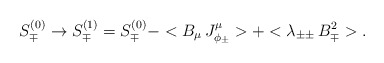
\begin{align*}S_{\mp}^{(0)} \rightarrow S_{\mp}^{(1)} = S_{\mp}^{(0)} -<B_{\mu}\,J_{\phi_\pm}^{\mu}>+<\lambda_{\pm\pm} \, B^{2}_{\mp}>.\end{align*}